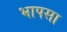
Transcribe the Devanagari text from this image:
भापसा